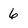
Character: 6